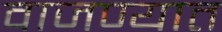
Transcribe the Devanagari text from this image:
वाजण्यात